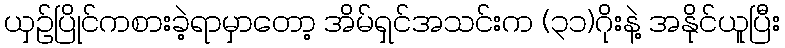
ယှဉ်ပြိုင်ကစားခဲ့ရာမှာတော့ အိမ်ရှင်အသင်းက (၃၁)ဂိုးနဲ့ အနိုင်ယူပြီး